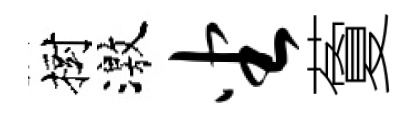
樹激坐藑